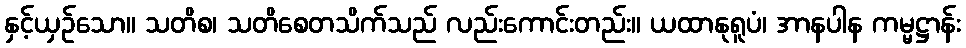
နှင့်ယှဉ်သော။ သတိစ၊ သတိစေတသိက်သည် လည်းကောင်းတည်း။ ယထာနုရူပံ၊ အာနပါန ကမ္မဋ္ဌာန်း